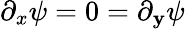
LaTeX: \partial_{x}\psi=0=\partial_{\mathbf{y}}\psi